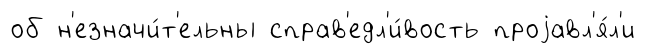
об н'езначи́т'ельны справ'едл'и́вость проjавл'я́л'и